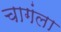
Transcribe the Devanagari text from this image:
चागंला